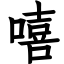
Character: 嘻